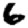
Digit: 6